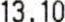
13.10